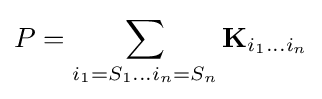
P=\sum _{i_{1}=S_{1}\dots i_{n}=S_{n}}\mathbf {K} _{i_{1}\dots i_{n}}